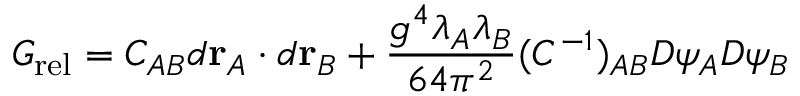
{ \cal G } _ { \mathrm { r e l } } = C _ { A B } d { \bf r } _ { A } \cdot d { \bf r } _ { B } + \frac { g ^ { 4 } \lambda _ { A } \lambda _ { B } } { 6 4 \pi ^ { 2 } } ( C ^ { - 1 } ) _ { A B } D \psi _ { A } D \psi _ { B }